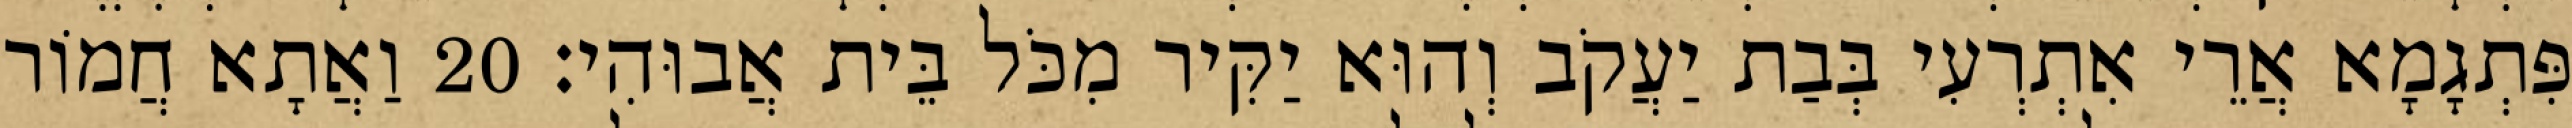
פִּתְגָמָא אֲרֵי אִתְרְעִי בְּבַת יַעֲקֹב וְהוּא יַקִּיר מִכֹּל בֵּית אֲבוּהִי׃ 20 וַאֲתָא חֲמוֹר